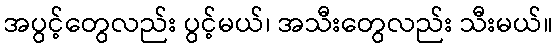
အပွင့်တွေလည်း ပွင့်မယ်၊ အသီးတွေလည်း သီးမယ်။